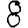
Digit: 8